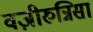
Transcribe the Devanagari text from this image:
वज़ीरुन्निसा